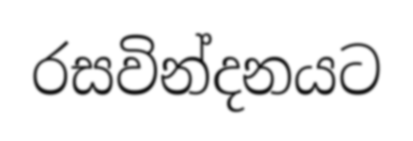
රසවින්දනයට